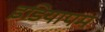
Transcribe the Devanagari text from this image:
इडियापम